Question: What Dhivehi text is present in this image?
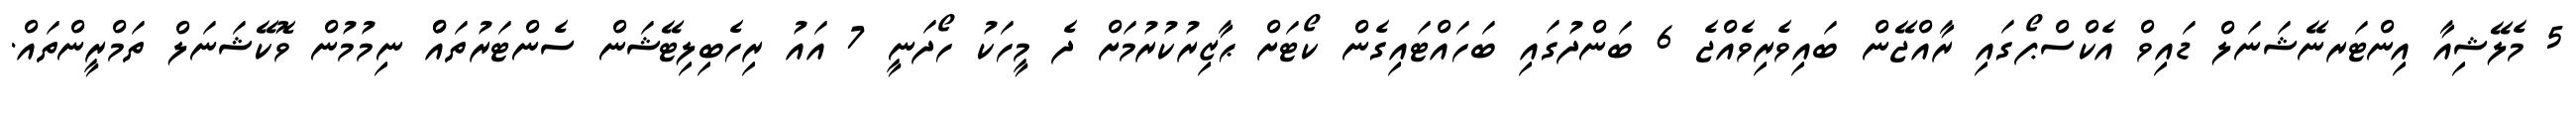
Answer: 5 މެލޭޝިއާ އިންޓަރނޭޝަނަލް ޑައިވް އެކްސްޕޯގައި ރާއްޖޭން ބައިވެރިވެއްޖެ 6 ބަންދުގައި ބަހައްޓައިގެން ކޯޓަށް ޙާޒިރުކުރުމަށް ދެ މީހަކު ހޯދަނީ 7 އައު ރިހެބިލިޓޭޝަން ސެންޓަރުތައްް ނިމުމުން ވޮކޭޝަނަލް ތަމްރީންތައް.